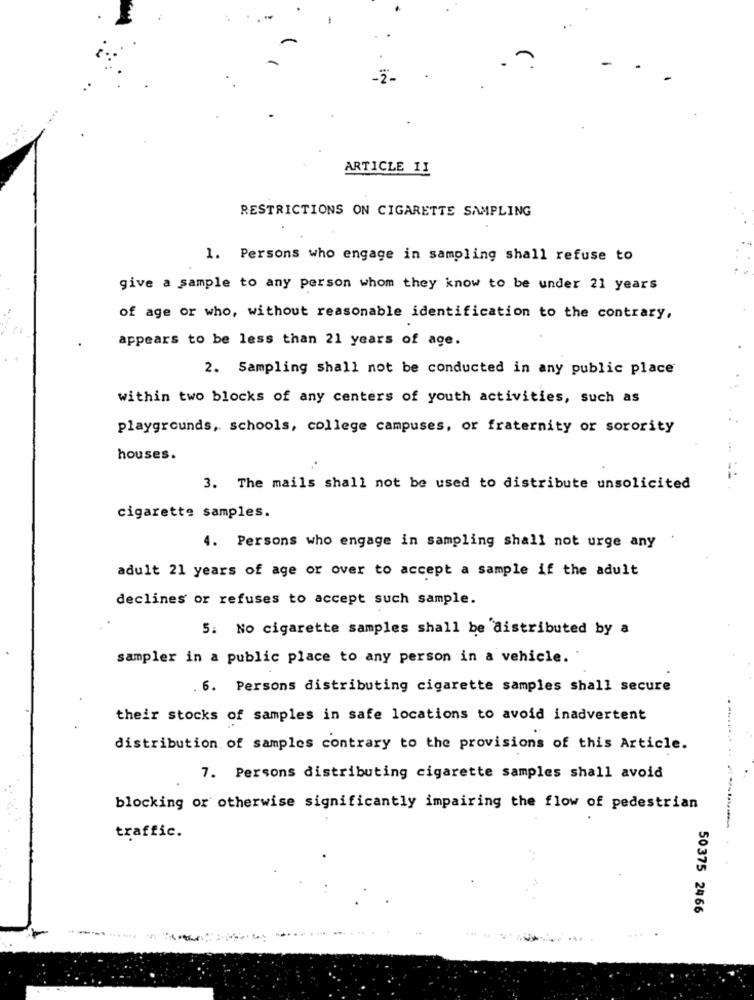
ARTICLE 11
RESTRICTIONS ON CIGARETTE SAMPLING
1. Persons who engage in sampling shall refuse to
give a sample to any person whom they know to be under 21 years
of age or who, without reasonable identification to the contrary,
appears to be less than 21 years of age.
2. Sampling shall not be conducted in any public place
within two blocks of any centers of youth activities, such as
playgrounds, schools, college campuses, or fraternity or sorority
houses.
3. The mails shall not be used to distribute unsolicited
cigarette samples.
4. Persons who engage in sampling shall not urge any
adult 21 years of age or over to accept a sample if the adult
declines or refuses to accept such sample.
5. No cigarette samples shall be distributed by a
sampler in a public place to any person in a vehicle.
6. Persons distributing cigarette samples shall secure
their stocks of samples in safe locations to avoid inadvertent
distribution of samples contrary to the provisions of this Article.
7. Persons distributing cigarette samples shall avoid
blocking or otherwise significantly impairing the flow of pedestrian
traffic.
50375 2466
..